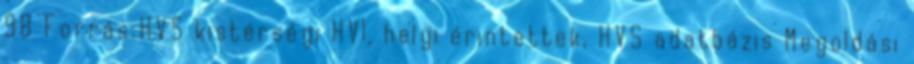
98 Forrás:HVS kistérségi HVI, helyi érintettek, HVS adatbázis Megoldási